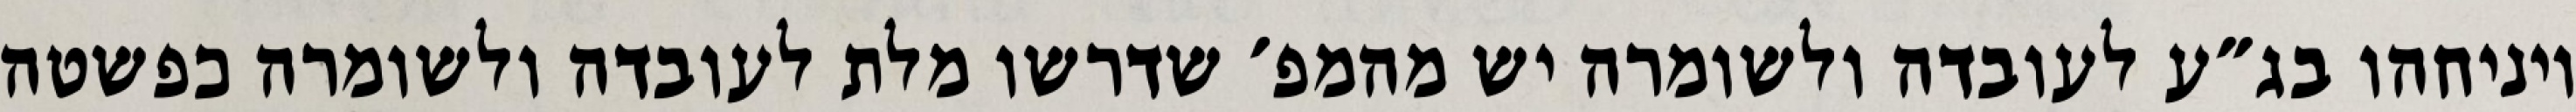
ויניחהו בג״ע לעובדה ולשומרה יש מהמפ׳ שדרשו מלת לעובדה ולשומרה כפשטה